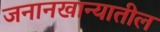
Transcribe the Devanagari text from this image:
जनानखान्यातील